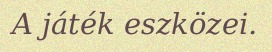
A játék eszközei.